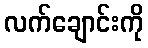
လက်ချောင်းကို